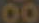
00